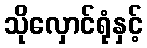
သိုလှောင်ရုံနှင့်